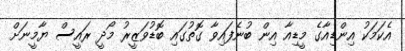
އެކަމަކު އިންޑިއާގެ މީޑިއާ އިން ބުނެފައިވާ ގޮތުގައި ބޮޑުވަޒީރު މޯދީ ރައީސް ޔާމީނަށް